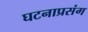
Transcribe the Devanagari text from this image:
घटनाप्रसंग